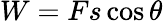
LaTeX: W=Fs\cos{\theta}